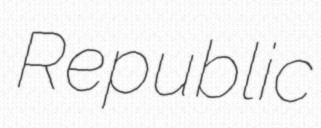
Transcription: Republic